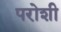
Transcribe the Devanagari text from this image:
परोशी